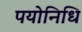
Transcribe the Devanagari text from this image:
पयोनिधि